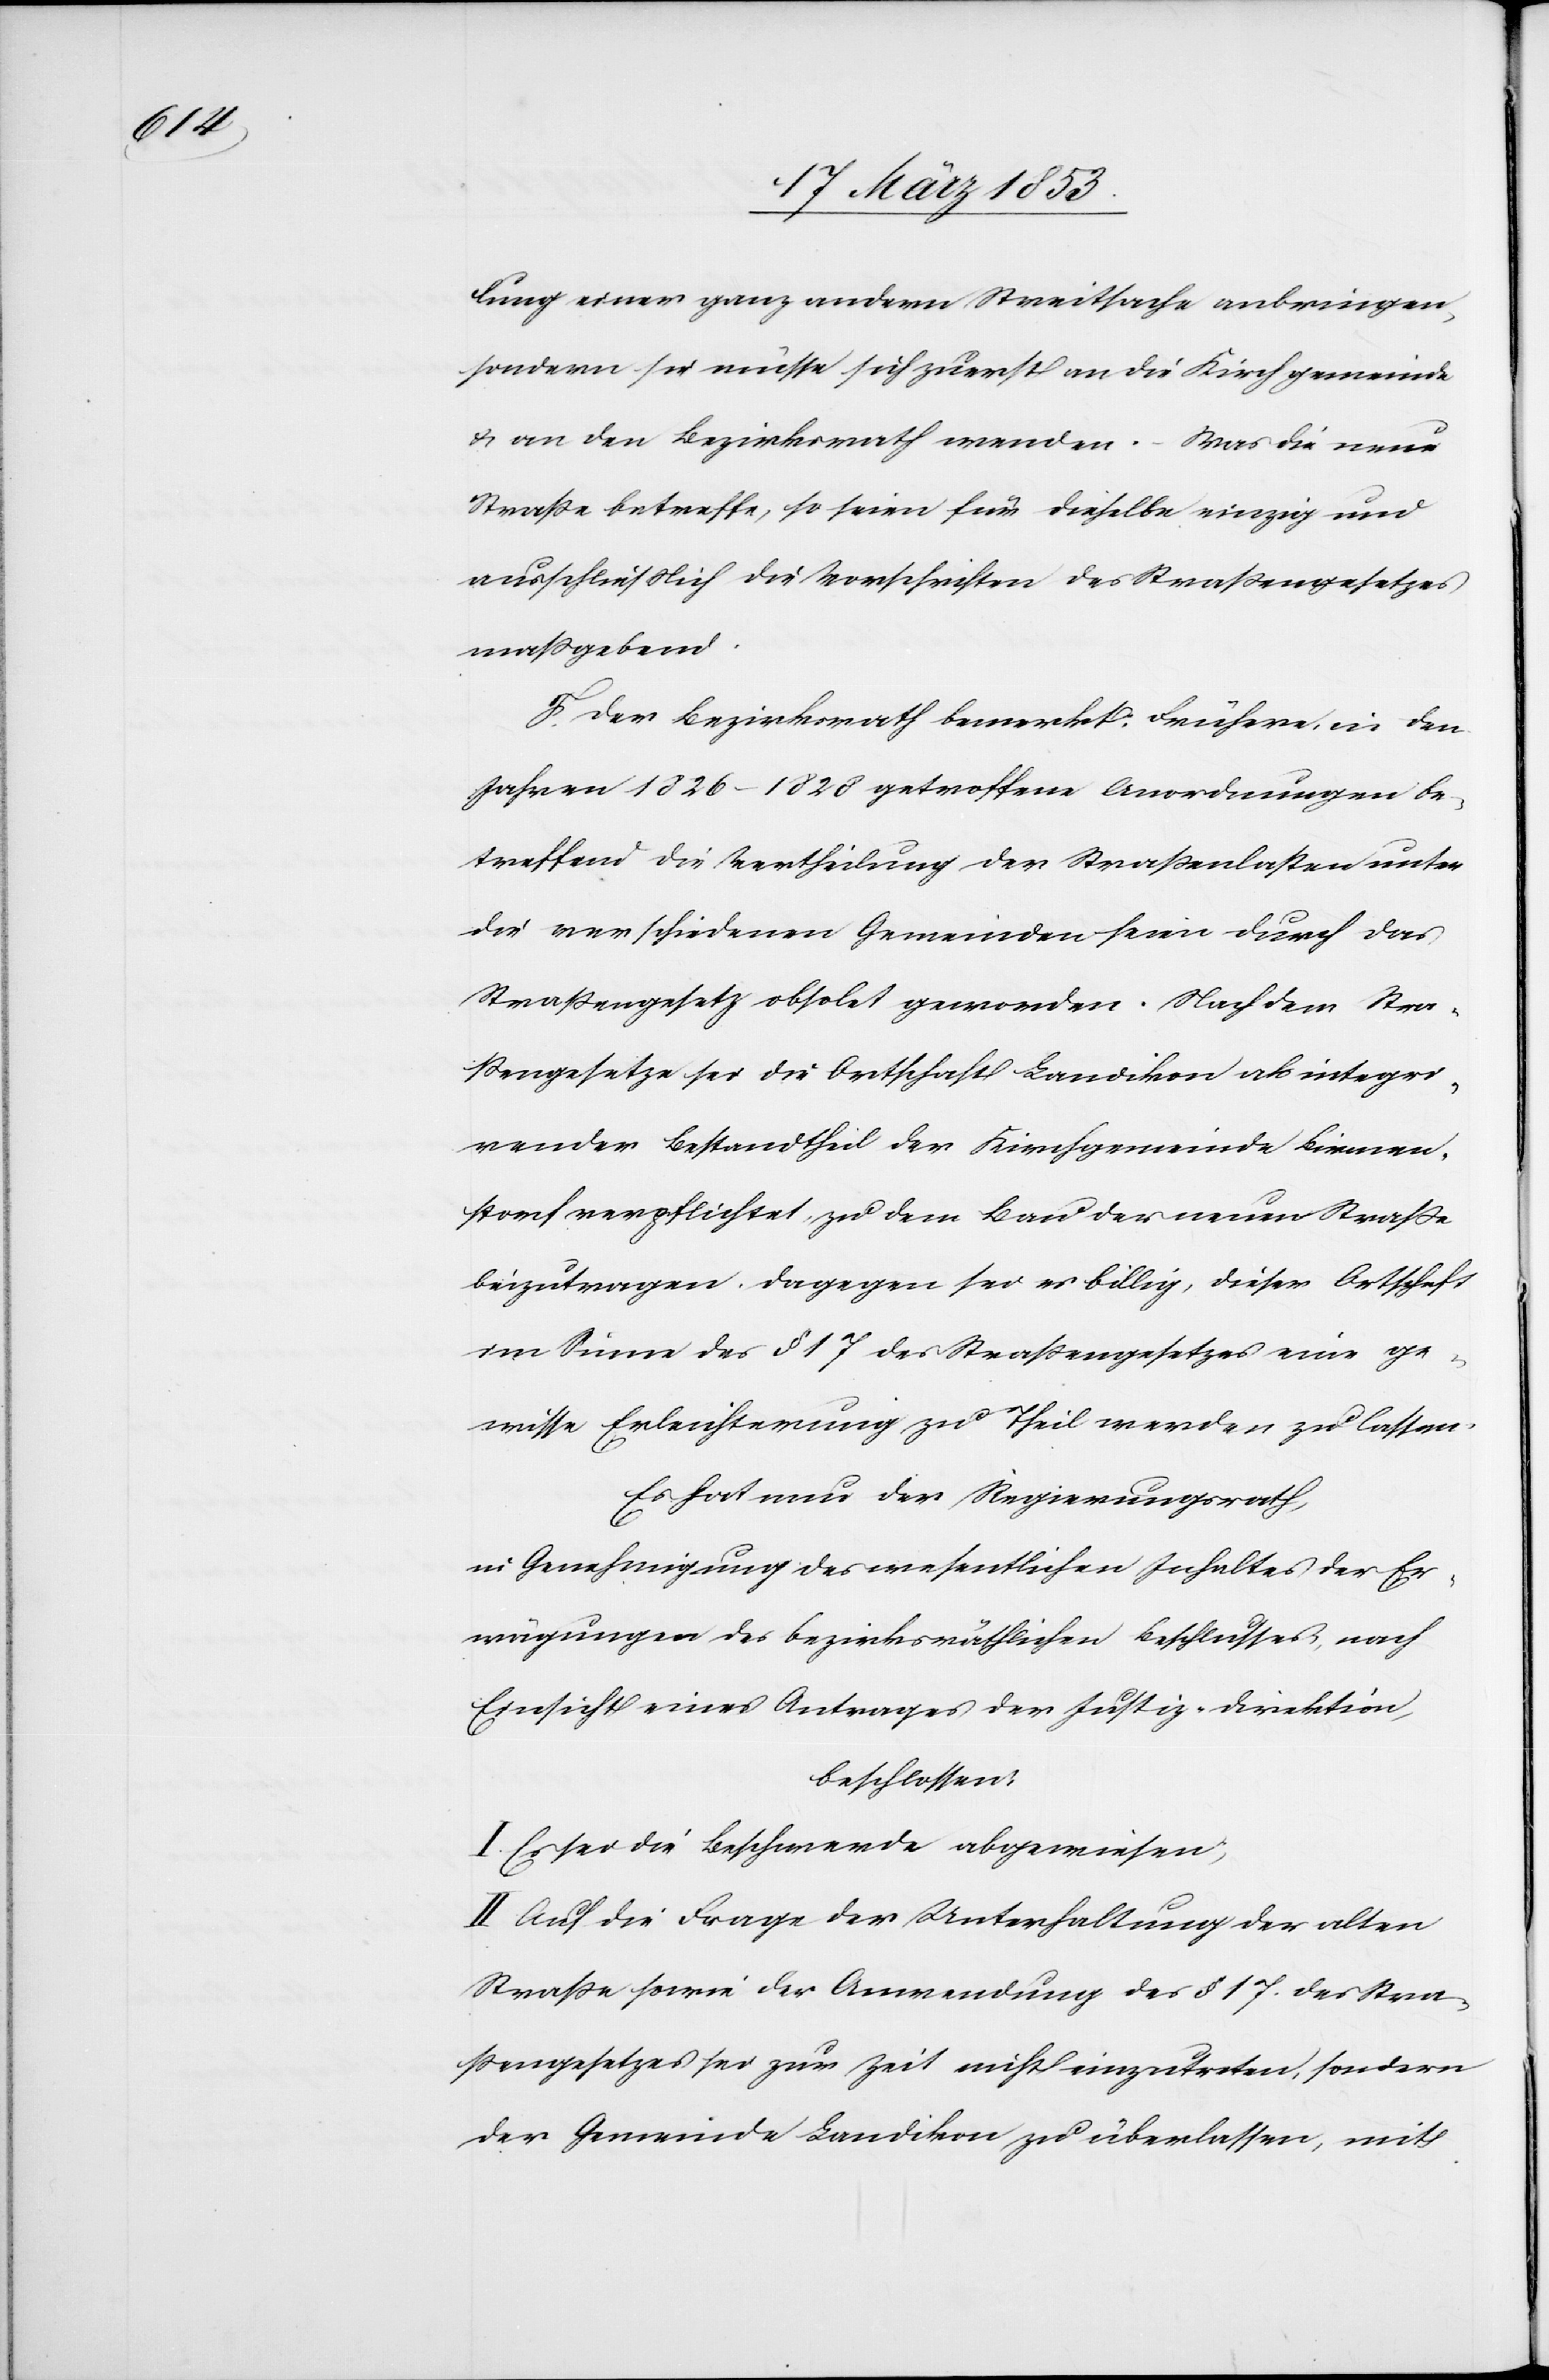
lung einer ganz andern Streitsache anbringen,
sondern sie müsse sich zuerst an die Kirchgemeinde
u. an den Bezirksrath wenden. – Was die neue
Straße betreffe, so seien für dieselbe vierzig und
ausschließlich die Vorschriften des Straßengesetzes
maßgebend.
Der Bezirksrath bemerkt: Früher, in den
Jahren 1826–1828 getroffene Anordnungen be¬
treffend die Vertheilung der Straßenlasten unter
die verschiedenen Gemeinden seien durch das
Straßengesetz obsolet geworden. Nach dem Stra¬
ßengesetz sei die Ortschaft Landikon als integri¬
render Bestandtheil der Kirchgemeinde Birmen¬
storf verpflichtet, zu dem Bau der neuen Straße
beizutragen. Dagegen sei es billig, dieser Ortschaft
im Sinne des § 17 des Straßengesetzes eine ge¬
wisse Erleichterung zu Theil werden zu lassen.
Es hat der Regierungsrath,
in Genehmigung des wesentlichen Inhaltes der Er¬
wägungen des bezirksräthlichen Beschlusses, nach
Einsicht eines Antrages der Justiz-Direktion,
beschlossen:
I. Es sei die Beschwerde abgewiesen,
II. Auf die Frage der Unterhandlungen der alten
Straße sowie die Anwendung des § 17. des Stra¬
ßengesetzes sei zur Zeit nicht einzutreten, sondern
der Gemeinde Landikon zu überlassen, mit